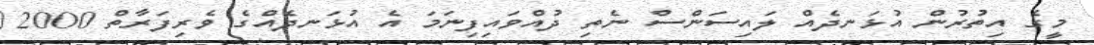
މީގެ އިތުރުން އުޅަނދެއް ލައިސަންސް ނެތި ދުއްވައިފިނަމަ އެ އުޅަނދެއްގެ ވެރިފަރާތް 2000